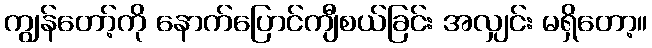
ကျွန်တော့်ကို နောက်ပြောင်ကျီစယ်ခြင်း အလျှင်း မရှိတော့။